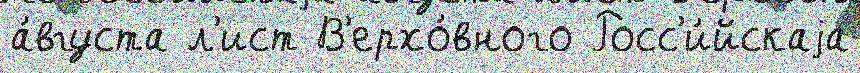
а́вгуста л'ист В'ерхо́вного Росс'и́йскаjа